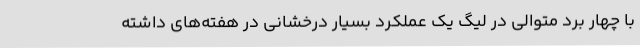
با چهار برد متوالی در لیگ یک عملکرد بسیار درخشانی در هفته‌های داشته